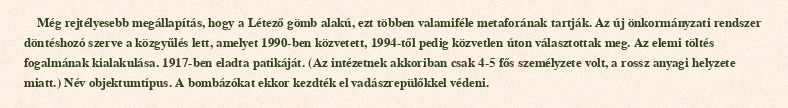
Még rejtélyesebb megállapítás, hogy a Létező gömb alakú, ezt többen valamiféle metaforának tartják. Az új önkormányzati rendszer döntéshozó szerve a közgyűlés lett, amelyet 1990-ben közvetett, 1994-től pedig közvetlen úton választottak meg. Az elemi töltés fogalmának kialakulása. 1917-ben eladta patikáját. (Az intézetnek akkoriban csak 4-5 fős személyzete volt, a rossz anyagi helyzete miatt.) Név objektumtípus. A bombázókat ekkor kezdték el vadászrepülőkkel védeni.